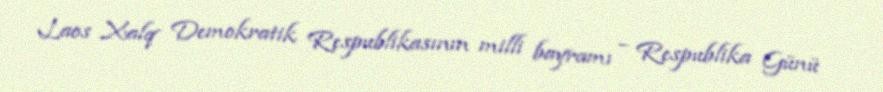
Laos Xalq Demokratik Respublikasının milli bayramı – Respublika Günü